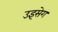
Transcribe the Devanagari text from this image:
उइसेग